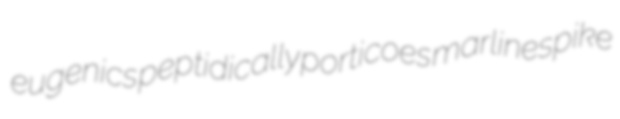
eugenics peptidically porticoes marlinespike